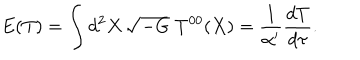
LaTeX: E ( T ) = \int d ^ { 2 } X \, \sqrt { - G } \; T ^ { 0 0 } ( X ) = \frac { 1 } { \alpha ^ { \prime } } \frac { d T } { d \tau } .